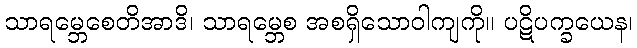
သာရမ္ဘေစေတိအာဒိ၊ သာရမ္ဘေစ အစရှိသောဝါကျကို။ ပဋိပက္ခယေန၊